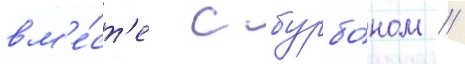
вм'е́ст'е с бурбо́ном //